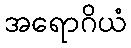
အရောဂိယံ